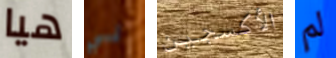
هيا لي الأكسجين لم